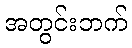
အတွင်းဘက်